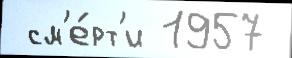
 см'е́рт'и 1957